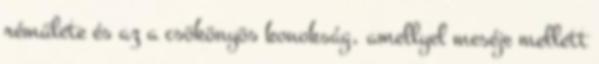
rémülete és az a csökönyös konokság, amellyel meséje mellett